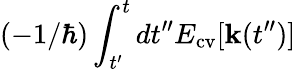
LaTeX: (-1/\hbar)\int_{t^{\prime}}^{t}dt^{\prime\prime}E_{\mathrm{cv}}[{\mathbf k}(t^{\prime\prime})]